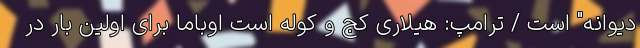
دیوانه" است / ترامپ: هیلاری کج و کوله است اوباما برای اولین بار در